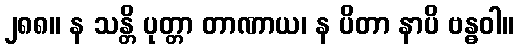
၂၈၈။ န သန္တိ ပုတ္တာ တာဏာယ၊ န ပိတာ နာပိ ဗန္ဓဝါ။